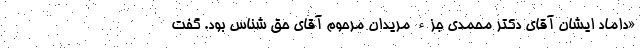
«داماد ایشان آقای دکتر محمدی جزء مریدان مرحوم آقای حق شناس بود. گفت